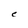
Character: e